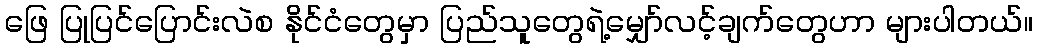
ဖြေ ပြုပြင်ပြောင်းလဲစ နိုင်ငံတွေမှာ ပြည်သူတွေရဲ့မျှော်လင့်ချက်တွေဟာ များပါတယ်။